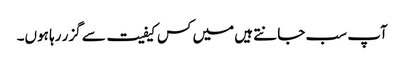
آپ سب جانتے ہیں میں کس کیفیت سے گزر رہا ہوں۔